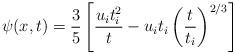
LaTeX: \begin{align*}\psi(x,t) = \frac{3}{5}\left[\frac{u_i t_i^2}{t} - u_i t_i \left(\frac{t}{t_i}\right)^{2/3}\right]\end{align*}